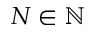
N \in \mathbb N